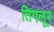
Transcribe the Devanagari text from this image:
तिगलूर